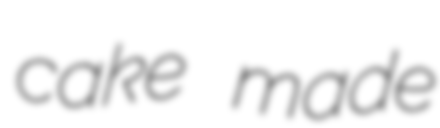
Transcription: cake made